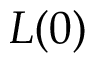
L ( 0 )